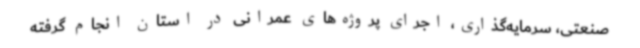
صنعتی، سرمایه‌گذاری، ‌اجرای پروژه‌های عمرانی در استان انجام گرفته